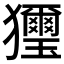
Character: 𤣗